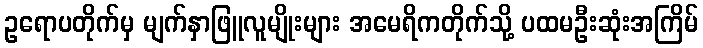
ဥရောပတိုက်မှ မျက်နှာဖြူလူမျိုးများ အမေရိကတိုက်သို့ ပထမဦးဆုံးအကြိမ်